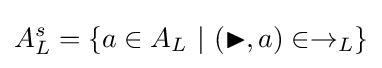
A_{L}^{s}=\{a\in A_{L}\ |\ (\blacktriangleright ,a)\in \rightarrow _{L}\}